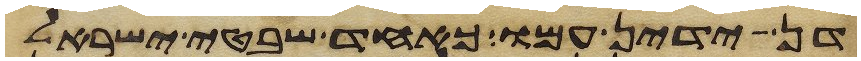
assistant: דן ידין עמו כאחד שבטי ישראל